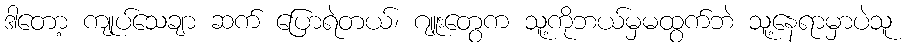
ဒါတော့ ကျုပ်သေချာ ဆက် ပြောရဲတယ်၊ ဂျူးတွေက သူ့ကိုဘယ်မှမထွက်ဘဲ သူ့နေရာမှာပဲသူ